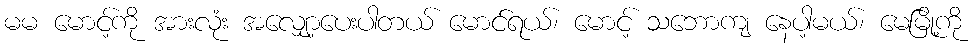
မမ မောင့်ကို အားလုံး အလျှော့ပေးပါတယ် မောင်ရယ်၊ မောင့် သဘောကျ နေပါ့မယ်၊ မေမြို့ကို